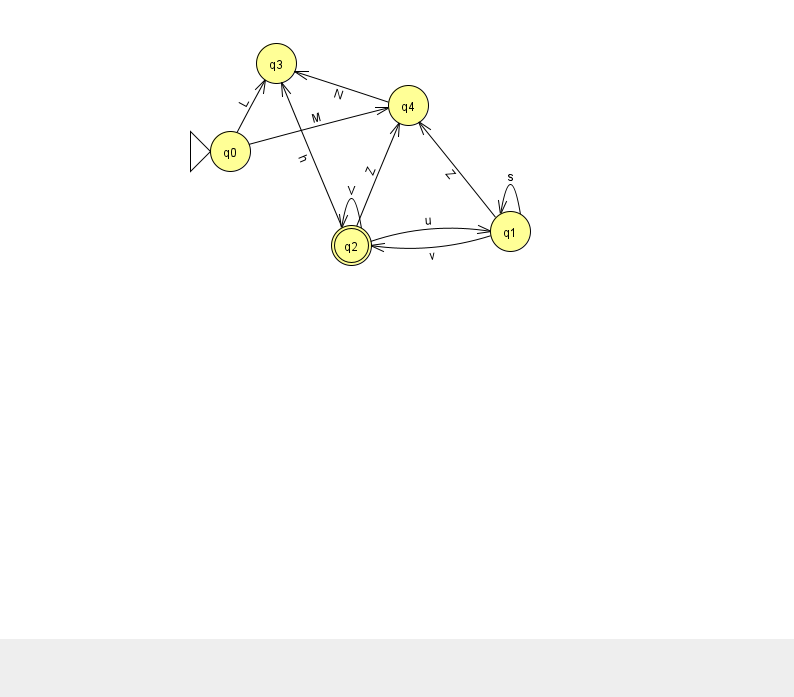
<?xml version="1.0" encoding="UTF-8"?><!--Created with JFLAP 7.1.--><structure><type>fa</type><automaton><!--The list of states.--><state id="0" name="q0"><x>230.0</x><y>138.0</y><initial/></state><state id="1" name="q1"><x>510.0</x><y>218.0</y></state><state id="2" name="q2"><x>351.0</x><y>232.0</y><final/></state><state id="3" name="q3"><x>276.0</x><y>50.0</y></state><state id="4" name="q4"><x>408.0</x><y>92.0</y></state><!--The list of transitions.--><transition><from>1</from><to>4</to><read>Z</read></transition><transition><from>1</from><to>1</to><read>s</read></transition><transition><from>2</from><to>2</to><read>V</read></transition><transition><from>1</from><to>2</to><read>v</read></transition><transition><from>2</from><to>1</to><read>u</read></transition><transition><from>0</from><to>4</to><read>M</read></transition><transition><from>4</from><to>3</to><read>N</read></transition><transition><from>2</from><to>3</to><read>h</read></transition><transition><from>2</from><to>4</to><read>Z</read></transition><transition><from>0</from><to>3</to><read>L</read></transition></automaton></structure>